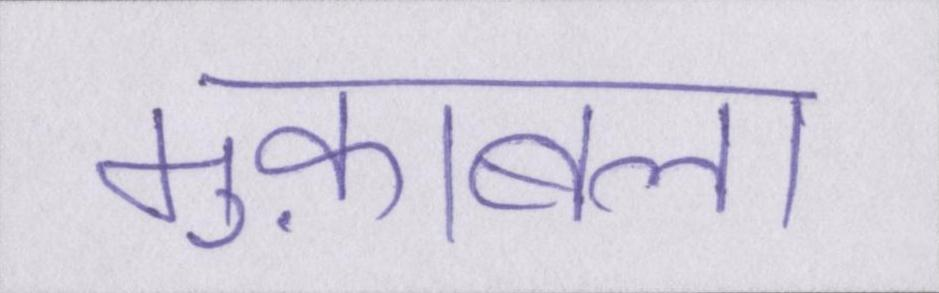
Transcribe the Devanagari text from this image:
मुक़ाबला